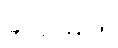
အေးမြဖြူ